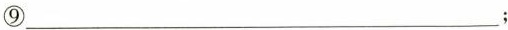
⑨___；